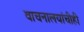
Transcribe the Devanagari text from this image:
वाचनालयांचीही